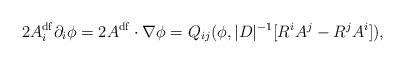
LaTeX: \begin{align*}2A_i^{\mathrm{df}}\partial_i\phi=2A^{\mathrm{df}}\cdot\nabla\phi=Q_{ij}(\phi, |D|^{-1}[R^{i}A^{j}-R^{j}A^{i}]),\end{align*}